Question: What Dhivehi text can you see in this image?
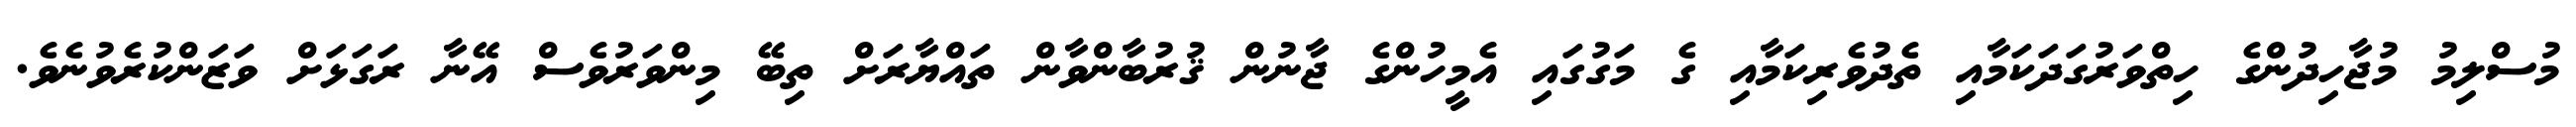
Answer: މުސްލިމު މުޖާހިދުންގެ ހިތްވަރުގަދަކަމާއި ތެދުވެރިކަމާއި ގެ މަގުގައި އެމީހުންގެ ޖާނުން ޤުރުބާންވާން ތައްޔާރަށް ތިބޭ މިންވަރުވެސް އޭނާ ރަގަޅަށް ވަޒަންކުރެވުނެވެ.